system: You are a helpful assistant.
user:
Analyze the provided spectrum to determine if it is a **M-type Giant (gM)**.

A M-type Giant spectrum is defined by its **strong molecular absorption** features, particularly from **Titanium Oxide (TiO)**. You must check for one of the following mutually exclusive signatures:

- **Key Visual Indicators (Absorption-Dominated Spectrum):**

    - **(Primary):** The spectrum is dominated by strong molecular absorption from **Titanium Oxide (TiO)**. This is the **defining feature** of its M-type temperature class.
        - **(Key Bandheads):** Look for sharp, "saw-tooth" absorption valleys. The strongest are located near **~7050 Å**, **~6160 Å**, and **~5170 Å**.
        - **(Line Profile):** The "saw-tooth" morphology is critical: a **sharp, steep drop on the BLUE (short-wavelength) side** of the bandhead, followed by a gradual recovery (rising flux) towards the RED (long-wavelength) side.

    - **(Key Confirmation - Giant vs. Dwarf):** **ABSENCE** of strong **Calcium Hydride (CaH)** molecular bands. This is the primary diagnostic for *excluding* M-dwarfs.
        - **(Key Region):** The spectrum should lack the strong, broad absorption band seen in dwarfs between **~6800 Å and ~7000 Å**.

    - **(Secondary Confirmation - Giant):** A very strong and broad **Neutral Calcium (Ca I)** atomic absorption line.
        - **(Key Line):** Located at **~4226 Å**. In a giant (gM), this line is significantly deeper and broader than the same line in an M-dwarf (dM) due to low surface gravity.

    - **(Overall Spectrum):**
        - The continuum is **extremely red-sloping** (i.e., flux is very low in the blue and rises dramatically towards the red).
        - The entire spectrum appears "chopped up" by the deep TiO bands.

Think first, call **spectral_visualization_tool** if needed to examine features in detail, then provide your final answer. Your response must adhere to the following strict rules:
1.  **Overall Structure:** Your response must follow the format `<think>...</think> <tool_call>...</tool_call> (if a tool is used) <answer>...</answer>`.
2.  **Tool Usage Constraint:** You may only make **one** tool call per turn.
3.  **Final Answer Format:** In the `<answer>` tag, your conclusion must be inside a `\boxed{}` command (e.g., `\boxed{YES}` or `\boxed{NO}`), followed by your justification.

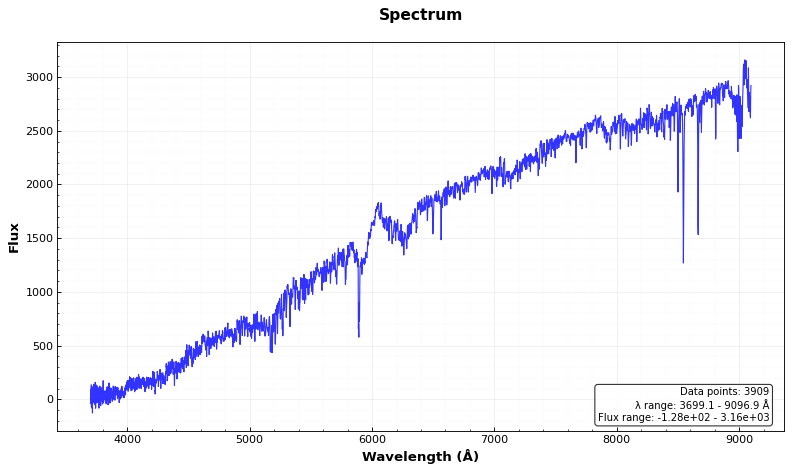
Answer: YES